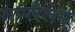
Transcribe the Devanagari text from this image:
मप्प्लैलस्